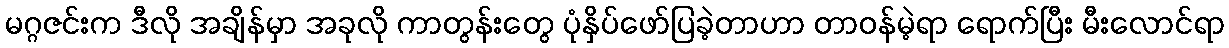
မဂ္ဂဇင်းက ဒီလို အချိန်မှာ အခုလို ကာတွန်းတွေ ပုံနှိပ်ဖော်ပြခဲ့တာဟာ တာဝန်မဲ့ရာ ရောက်ပြီး မီးလောင်ရာ